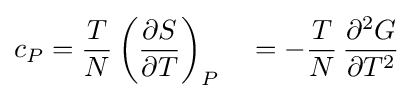
c_{P}={\frac {T}{N}}\left({\frac {\partial S}{\partial T}}\right)_{P}\quad =-{\frac {T}{N}}\,{\frac {\partial ^{2}G}{\partial T^{2}}}